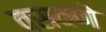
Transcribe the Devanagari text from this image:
वसवणे